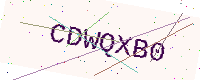
Text: CDWQXB0